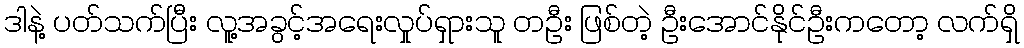
ဒါနဲ့ ပတ်သက်ပြီး လူ့အခွင့်အရေးလှုပ်ရှားသူ တဦး ဖြစ်တဲ့ ဦးအောင်နိုင်ဦးကတော့ လက်ရှိ